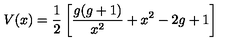
V ( x ) = { \frac { 1 } { 2 } } \left[ \frac { g ( g + 1 ) } { x ^ { 2 } } + x ^ { 2 } - 2 g + 1 \right]